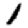
Digit: 1